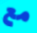
مع